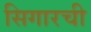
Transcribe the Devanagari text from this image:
सिगारची